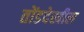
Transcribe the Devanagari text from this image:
तोंडदेखील